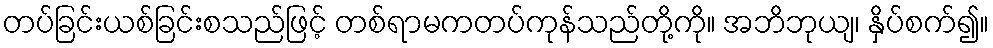
တပ်ခြင်းယစ်ခြင်းစသည်ဖြင့် တစ်ရာမကတပ်ကုန်သည်တို့ကို။ အဘိဘုယျ၊ နှိပ်စက်၍။